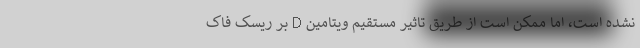
نشده است، اما ممکن است از طریق تاثیر مستقیم ویتامین D بر ریسک فاک